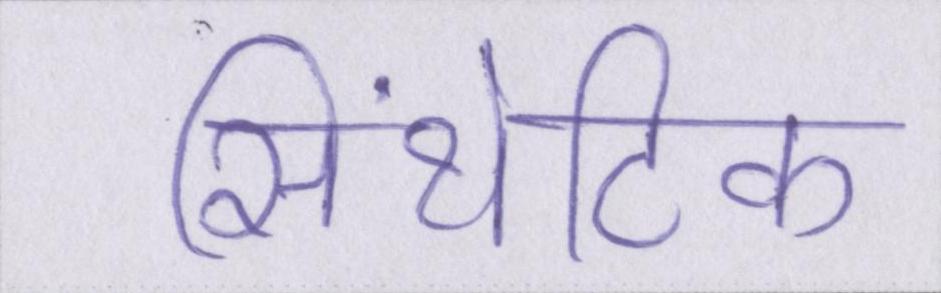
सिंथेटिक